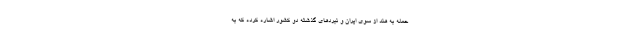
حمله به هند از سوی ایران و نبردهای گذشته دو کشور اشاره کرده که به